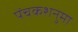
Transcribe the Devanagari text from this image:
पेंचकशनुमा